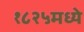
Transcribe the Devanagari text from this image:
१८२५मध्ये